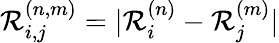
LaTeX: \mathcal{R}_{i,j}^{(n,m)}=|\mathbf{{\mathcal{R}}}_{i}^{(n)}-\mathbf{{\mathcal{R}}}_{j}^{(m)}|